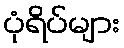
ပုံရိပ်များ